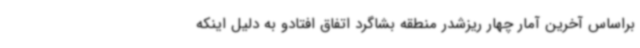
براساس آخرین آمار چهار ریزشدر منطقه بشاگرد اتفاق افتادو به دلیل اینکه